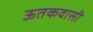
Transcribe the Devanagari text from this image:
ऊतकवासी